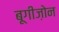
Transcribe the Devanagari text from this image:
बूगीज़ोन